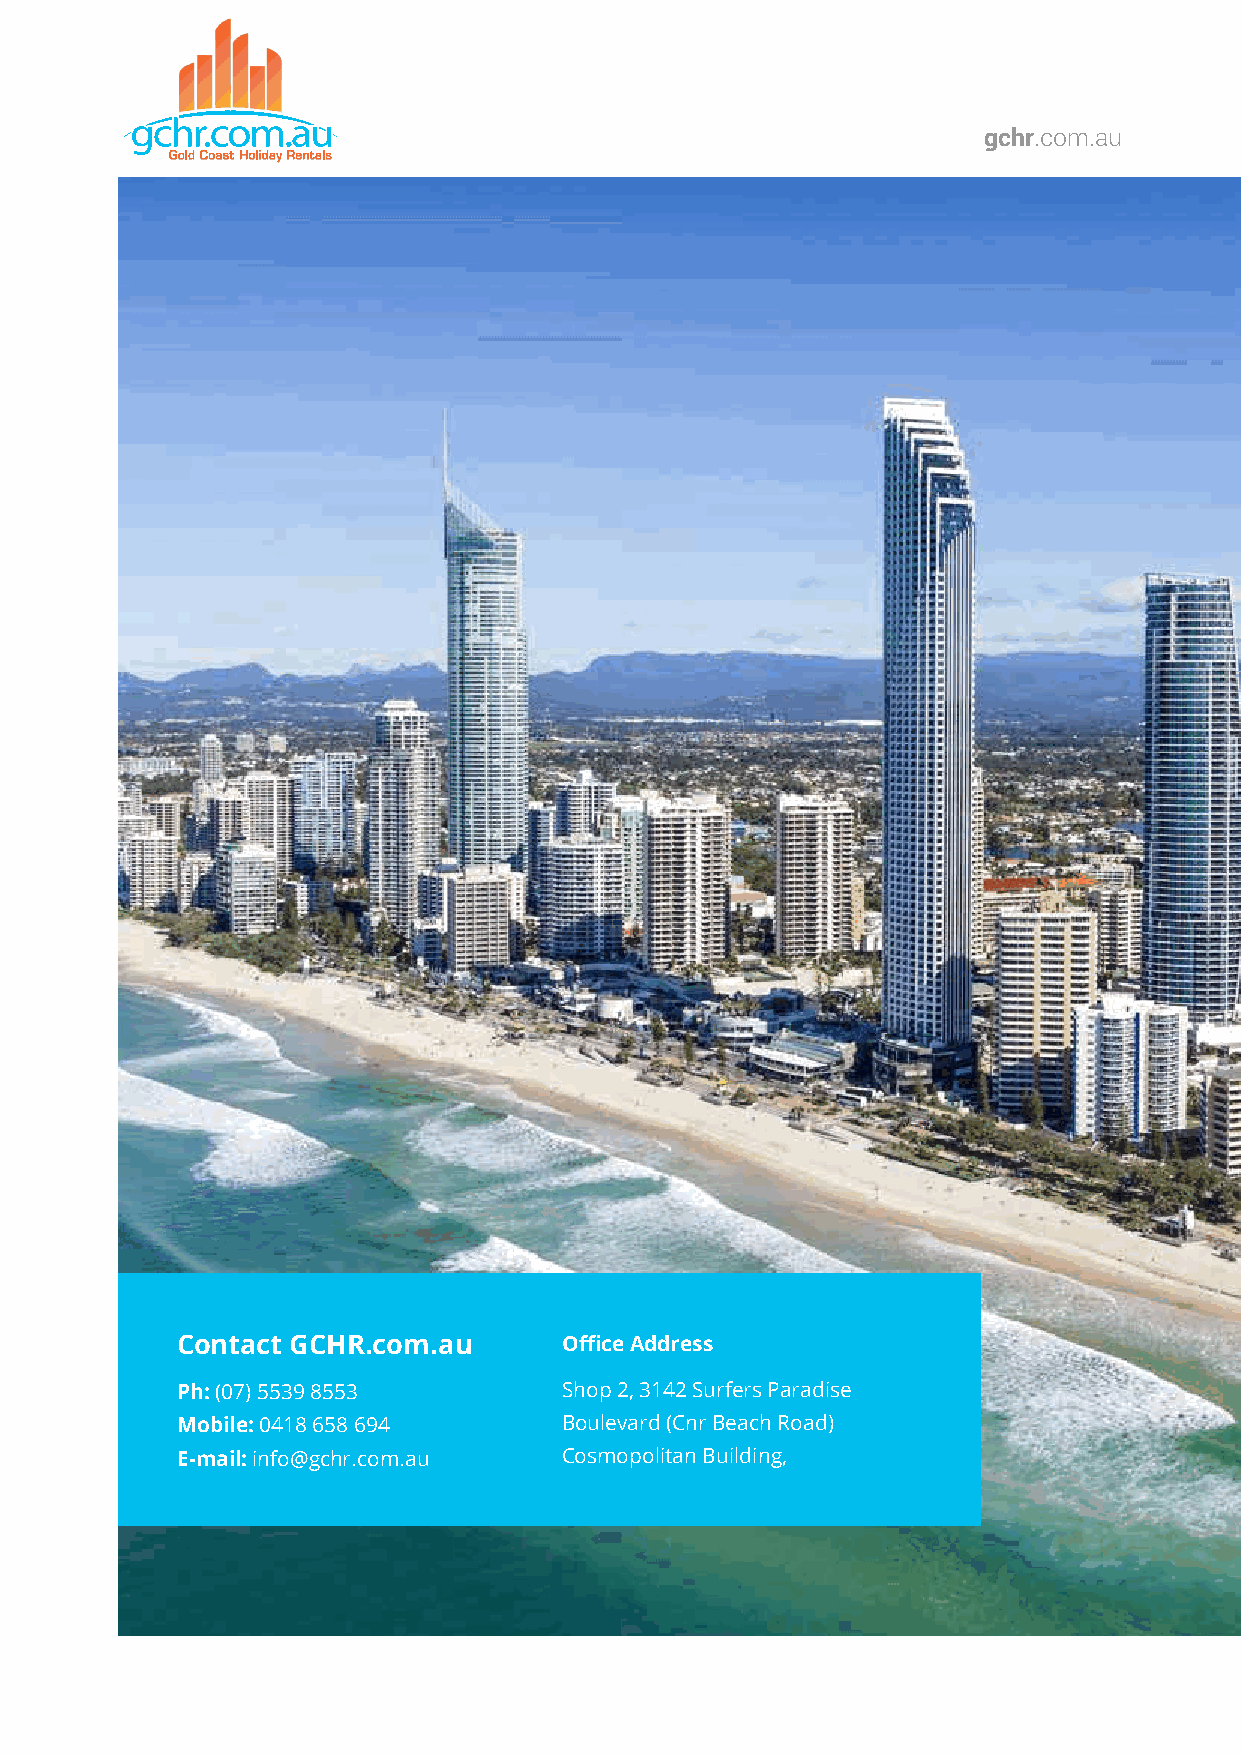
28
 gchr.com.au
 Contact GCHR.com.au      Office Address
 Ph: (07) 5539 8553       Shop 2, 3142 Surfers Paradise
 Mobile: 0418 658 694     Boulevard (Cnr Beach Road)
 E-mail: info@gchr.com.au Cosmopolitan Building,